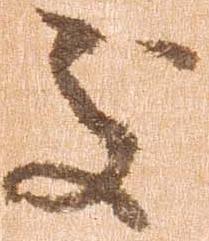
処